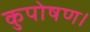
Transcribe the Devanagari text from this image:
कुपोषण।